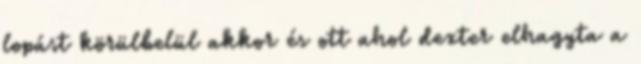
lopást körülbelül akkor és ott ahol dexter elhagyta a